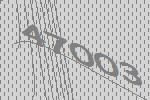
47003